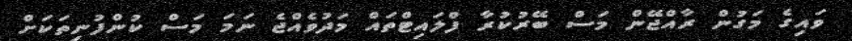
ވައިގެ މަގުން ރާއްޖޭން މަސް ބޭރުކުރާ ފްލައިޓްތައް މަދުވެއްޖެ ނަމަ މަސް ކުންފުނިތަކަށް